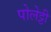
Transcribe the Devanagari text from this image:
पोलेट्टी